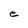
Character: e